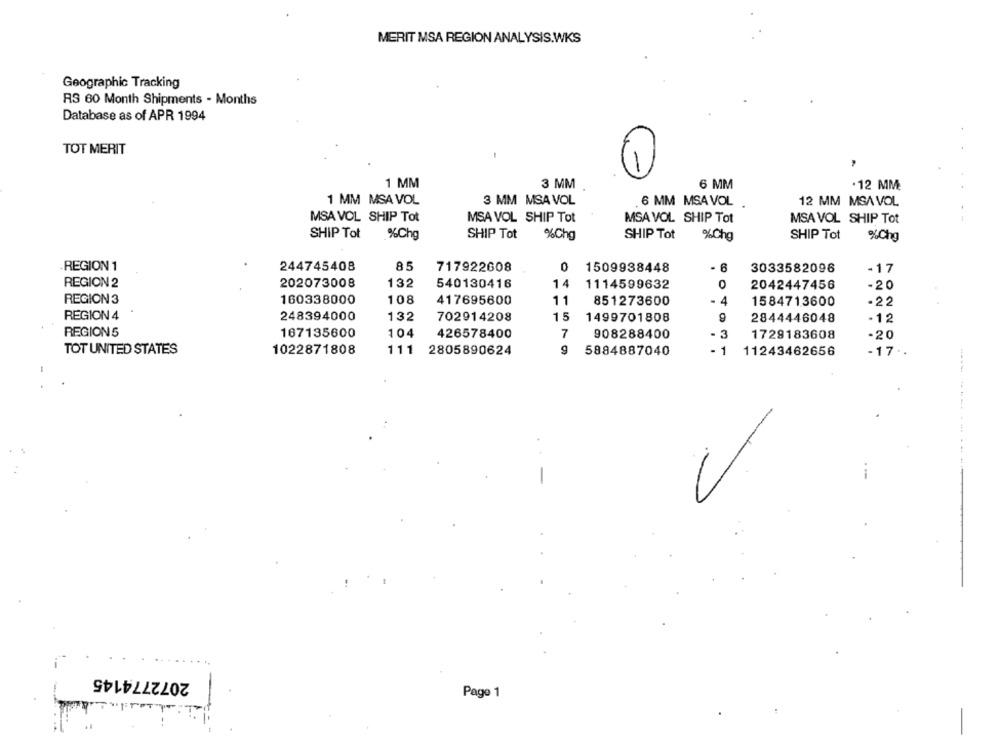
MERIT MSA REGION ANALYSIS.WKS
Geographic Tracking
RS 60 Month Shipments - Months
Database as of APR 1994
TOT MERIT
,- )
1 MM
3 MM
6 MM
. 12 MM
1 MM MSA VOL
3 MM MSA VOL
6 MM MSA VOL
12 MM MSA VOL
MSA VOL SHIP Tot
MSA VOL SHIP Tot
MSA VOL SHIP Tot
MSA VOL SHIP Tot
SHIP Tot
%Chg
SHIP Tot
%Ch
SHIP Tot
%Chg
SHIP Tot
%Chg
REGION 1
244745408
85
717922608
0
1509938448
.
6
3033582096
-17
202073008
REGION 2
132
540130416
14
1114599632
2042447456
-20
REGION 3
160338000
108
417695600
11
851273600
4
1584713600
-22
REGION 4
248394000
132
702914208
15
1499701808
9
2844446048
-12
REGION 5
167135600
104
426578400
7
908288400
1729183608
-20
TOT UNITED STATES
1022871808
111
2805890624
9
5884887040
- 1
11243462656
-17 ..
------
...
-
2072774145
Page 1